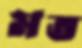
মত